Bombay plague: being a history of the progress of plague in the Bombay presidency from September 1896 to June 1899
Year: 1896
Disease focus: Plague
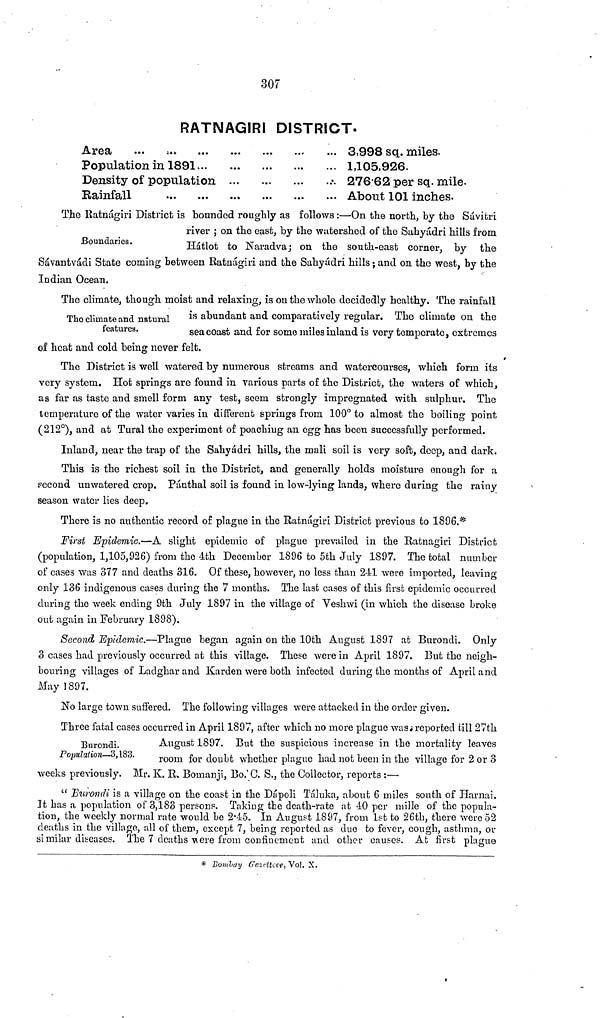
307
RATNAGIRI DISTRICT.
Area
Population in 1891
Density of population
...
Rainfall
3,998 SQL. miles.
1,105,926.
276 62 per sq. mile.
About 101 inches.
Boundaries.
The Ratnágiri District is bounded roughly as follows:—On the north, by the Sávitri
river ; on the east, by the watershed of the Sahyádri hills from
Hátlot to Naradva; on the south-east corner, by the
Sávantvádi State coming between Ratnágiri and the Sahyádri hills; and on the west, by the
Indian Ocean.
The climate and natural
features.
The climate, though moist and relaxing, is on the whole decidedly healthy. The rainfall
is abundant and comparatively regular. The climate on the
sea coast and for some miles inland is very temperate, extremes
of heat and cold being never felt.
The District is well watered by numerous streams and watercourses, which form its
very system. Hot springs are found in various parts of the District, the waters of which,
as far as taste and smell form any test, seem strongly impregnated with sulphur. The
temperature of the water varies in different springs from 100° to almost the boiling point
(212°), and at Tural the experiment of poaching an egg has been successfully performed.
Inland, near the trap of the Sahyádri hills, the mali soil is very soft, deep, and dark.
This is the richest soil in the District, and generally holds moisture enough for a
second unwatered crop. Pánthal soil is found in low-lying lands, where during the rainy
season water lies deep.
There is no authentic record of plague in the Ratnágiri District previous to 1896.*
First Epidemic.—A slight epidemic of plague prevailed in the Ratnagiri District
(population, 1,105,926) from the 4th December 1896 to 5th July 1897. The total number
of cases was 377 and deaths 316. Of these, however, no less than 2-11 were imported, leaving
only 136 indigenous cases during the 7 months. The last cases of this first epidemic occurred
during the week ending 9th July 1897 in the village of Veshwi (in which the disease broke
out again in February 1898).
Second Epidemic.—Plague began again on the 10th August 1897 at Burondi. Only
3 cases had previously occurred at this village. These were in April 1897. But the neigh-
bouring villages of Ladghar and Karden were both infected during the months of April and
May 1897.
No large town suffered. The following villages were attacked in the order given.
Burondi.
Population—3,183.
Three fatal cases occurred in April 1897, after which no more plague was reported till 27th
August 1897. But the suspicions increase in the mortality leaves
room for doubt whether plague had not been in the village for 2 or 3
weeks previously. Mr. K. R. Bomanji, Bo.'C. S., the Collector, reports :—
"Burondi is a village on the coast in the Dápoli Táluka, about 6 miles south of Harnai.
It has a population of 3,183 persons. Taking the death-rate at 40 per mille of the popula-
tion, the weekly normal rate would be 2 45. In August 1897, from 1st to 26th, there were 52
deaths in the village, all of them, except 7, being reported as due to fever, cough, asthma, or
similar diseases. The 7 deaths were from confinement and other causes. At first plague
* Bombay Gazetteer, Vol. X.